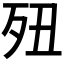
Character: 𣧊